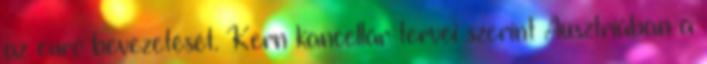
az euró bevezetését. Kern kancellár tervei szerint Ausztriában a